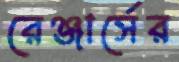
রেঞ্জার্সের